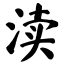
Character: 渎